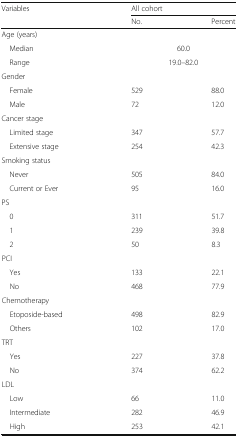
<table><thead><tr><td rowspan="2"><b>Variables</b></td><td colspan="2"><b>All cohort</b></td></tr><tr><td><b>No.</b></td><td><b>Percent</b></td></tr></thead><tbody><tr><td colspan="3">Age (years)</td></tr><tr><td> Median</td><td colspan="2">60.0</td></tr><tr><td> Range</td><td colspan="2">19.0–82.0</td></tr><tr><td colspan="3">Gender</td></tr><tr><td> Female</td><td>529</td><td>88.0</td></tr><tr><td> Male</td><td>72</td><td>12.0</td></tr><tr><td colspan="3">Cancer stage</td></tr><tr><td> Limited stage</td><td>347</td><td>57.7</td></tr><tr><td> Extensive stage</td><td>254</td><td>42.3</td></tr><tr><td colspan="3">Smoking status</td></tr><tr><td> Never</td><td>505</td><td>84.0</td></tr><tr><td> Current or Ever</td><td>95</td><td>16.0</td></tr><tr><td colspan="3">PS</td></tr><tr><td> 0</td><td>311</td><td>51.7</td></tr><tr><td> 1</td><td>239</td><td>39.8</td></tr><tr><td> 2</td><td>50</td><td>8.3</td></tr><tr><td colspan="3">PCI</td></tr><tr><td> Yes</td><td>133</td><td>22.1</td></tr><tr><td> No</td><td>468</td><td>77.9</td></tr><tr><td colspan="3">Chemotherapy</td></tr><tr><td> Etoposide-based</td><td>498</td><td>82.9</td></tr><tr><td> Others</td><td>102</td><td>17.0</td></tr><tr><td colspan="3">TRT</td></tr><tr><td> Yes</td><td>227</td><td>37.8</td></tr><tr><td> No</td><td>374</td><td>62.2</td></tr><tr><td colspan="3">LDL</td></tr><tr><td> Low</td><td>66</td><td>11.0</td></tr><tr><td> Intermediate</td><td>282</td><td>46.9</td></tr><tr><td> High</td><td>253</td><td>42.1</td></tr></tbody></table>